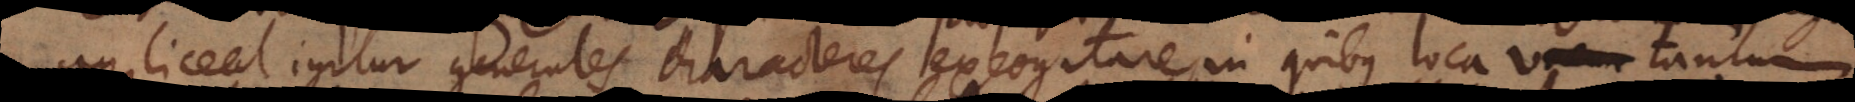
an liceat igitur generales characteres excogitare, in quibus loca vacua tantum